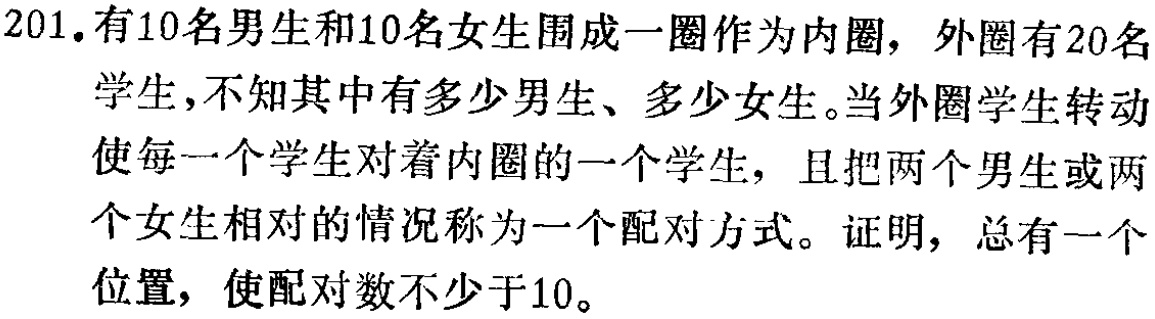
201. 有10名男生和10名女生围成一圈作为内圈，外圈有20名学生，不知其中有多少男生、多少女生。当外圈学生转动使每一个学生对着内圈的一个学生，且把两个男生或两个女生相对的情况称为一个配对方式。证明，总有一个位置，使配对数不少于10。